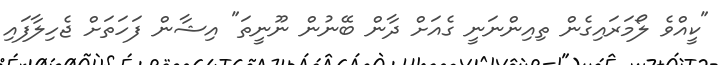
"ކީއްވެ ލޯމަރައިގެން ތިއިންނަނީ ގެއަށް ދާން ބޭނުން ނޫނީތަ" އިޝާން ފަހަތަށް ޖެހިލާފައި